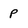
Character: p